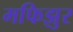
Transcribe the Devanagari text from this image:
मफिझुर